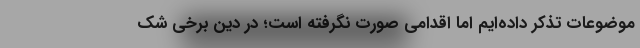
موضوعات تذکر داده‌ایم اما اقدامی صورت نگرفته است؛ در دین برخی شک